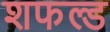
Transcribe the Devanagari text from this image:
शफल्ड